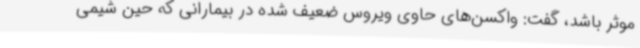
موثر باشد، گفت: واکسن‌های حاوی ویروس ضعیف شده در بیمارانی که حین شیمی